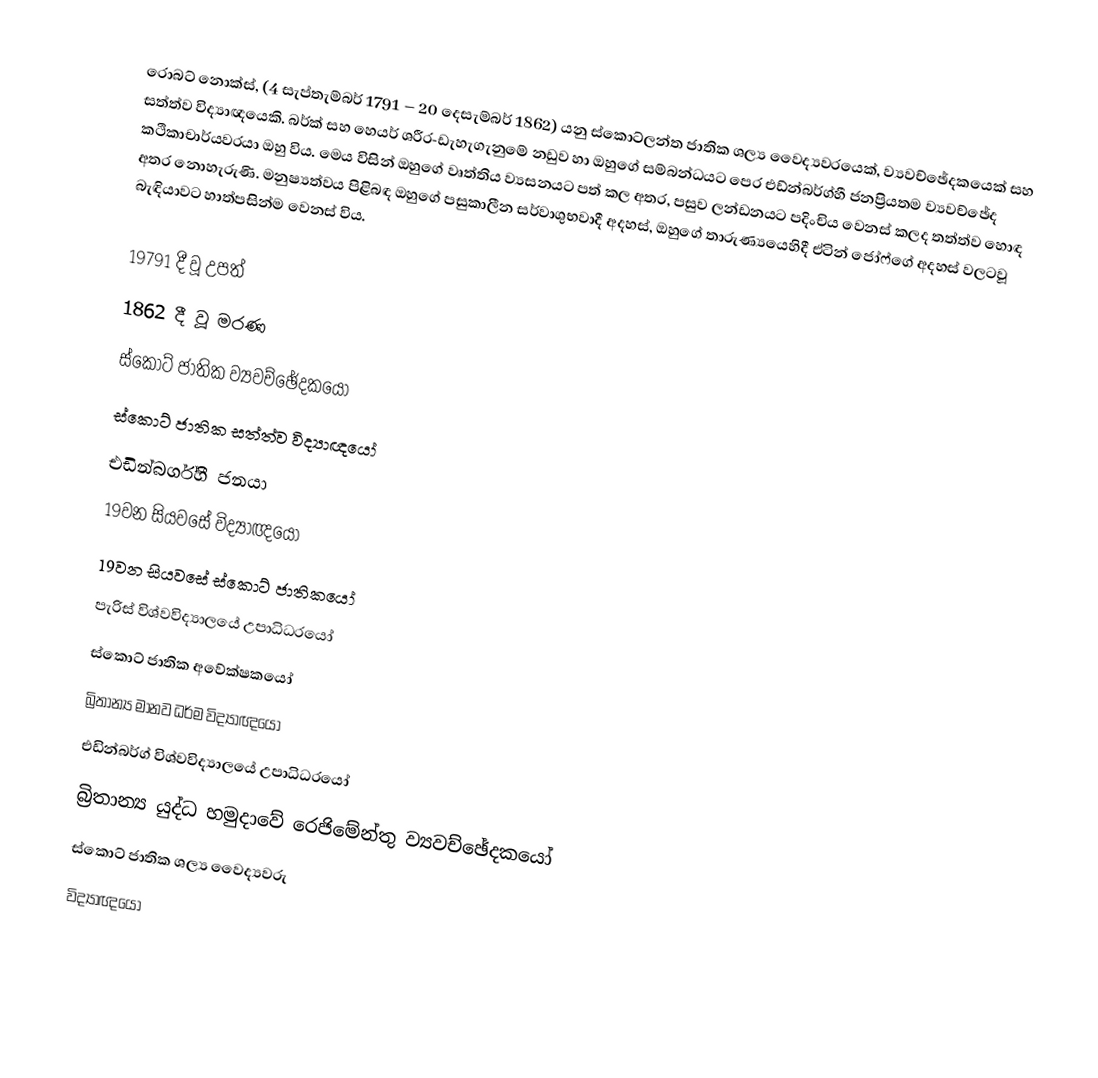
රොබට් නොක්ස්,  (4 සැප්තැම්බර් 1791 – 20 දෙසැම්බර් 1862) යනු ස්කොට්ලන්ත ජාතික ශල්‍ය වෛද්‍යවරයෙක්, ව්‍යවච්ඡේදකයෙක් සහ සත්ත්ව විද්‍යාඥයෙකි. බර්ක් සහ හෙයර් ශරීර-ඩැහැගැනුමේ නඩුව හා ඔහුගේ සම්බන්ධයට පෙර එඩ්න්බර්ග්හී ජනප්‍රියතම ව්‍යවච්ඡේද කථිකාචාර්යවරයා ඔහු විය. මෙය විසින් ඔහුගේ වෘත්තිය ව්‍යසනයට පත් කල අතර, පසුව ලන්ඩනයට පදිංචිය වෙනස් කලද තත්ත්ව හොඳ අතර නොහැරුණි. මනුෂ්‍යත්වය පිළිබඳ ඔහුගේ පසුකාලීන සර්වාශුභවාදී අදහස්, ඔහුගේ තාරුණ්‍යයෙහිදී  ඒටින් ජෝෆ්ගේ අදහස් වලටවූ බැඳියාවට හාත්පසින්ම වෙනස් විය.

19791 දී වූ උපත්
1862 දී වූ මරණ
ස්කොට් ජාතික ව්‍යවච්ඡේදකයෝ
ස්කොට් ජාතික සත්ත්ව විද්‍යාඥයෝ
එඩින්බර්ග්හී ජනයා
19වන සියවසේ විද්‍යාඥයෝ
19වන සියවසේ ස්කොට් ජාතිකයෝ
පැරිස් විශ්වවිද්‍යාලයේ උපාධිධරයෝ
ස්කොට් ජාතික අවේක්ෂකයෝ
බ්‍රිතාන්‍ය මානව ධර්ම විද්‍යාඥයෝ
එඩින්බර්ග් විශ්වවිද්‍යාලයේ උපාධිධරයෝ
බ්‍රිතාන්‍ය යුද්ධ හමුදාවේ රෙජිමේන්තු ව්‍යවච්ඡේදකයෝ
ස්කොට් ජාතික ශල්‍ය වෛද්‍යවරු
විද්‍යාඥයෝ